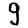
Digit: 9